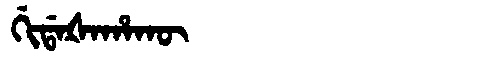
Manchu: ᡤᡳᡩᠠᡧᠠᡥᠠᡴᡡ
Romanization: GIDAŠAHAKŪ